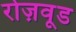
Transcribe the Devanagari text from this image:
रोज़वूड